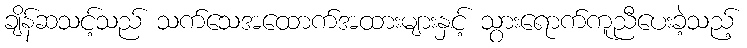
ချိန်ဆသင့်သည် သက်သေအထောက်အထားများနှင့် သွားရောက်ကူညီပေးခဲ့သည့်